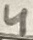
Text: 4